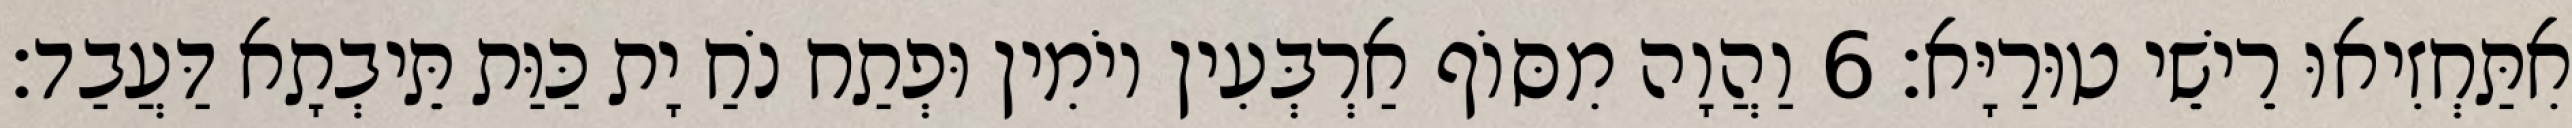
אִתַּחְזִיאוּ רֵישֵׁי טוּרַיָּא׃ 6 וַהֲוָה מִסּוֹף אַרְבְּעִין יוֹמִין וּפְתַח נֹחַ יָת כַּוַּת תֵּיבְתָא דַּעֲבַד׃